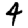
Digit: 4